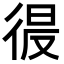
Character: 𭛲